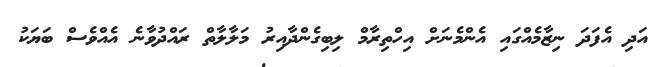
އަދި އެފަދަ ނިޒާމެއްގައި އެންމެނަށް އިހްތިރާމް ލިބިގެންދާއިރު މަލާލާތް ރައްދުވާނެ އެއްވެސް ބަޔަކު